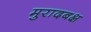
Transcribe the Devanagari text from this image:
मुरादबक्ष